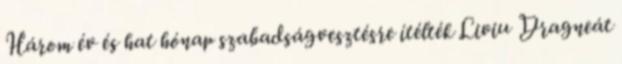
Három év és hat hónap szabadságvesztésre ítélték Liviu Dragneát